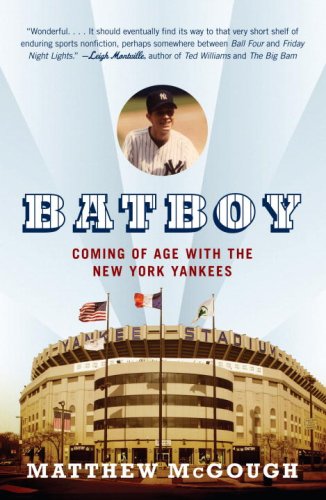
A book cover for Bat Boy: Coming of Age with the New York Yankees; Matthew McGough; Biographies & Memoirs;